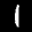
Label: 1